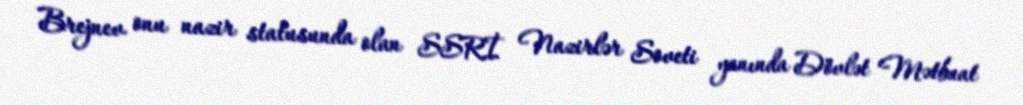
Brejnev onu nazir statusunda olan SSRİ Nazirlər Soveti yanında Dövlət Mətbuat